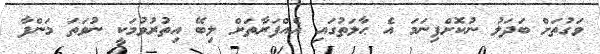
ވަގުތަށް ބަދަލު ނުކޮށްފިނަމަ އެ ޙާލަތުގައި އެއްފަރާތަށް ލިބޭ އިތުރުވުމަކީ ނުވަތަ މަންފާ